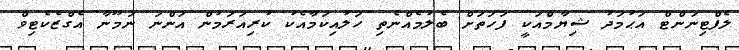
ލެފްޓިނަންޓް އަޙުމަދު ޝިޔާމްއަކީ ފަހަތަށް ބެލުމެއްނެތި ހަލުއިކަމާއެކު ކުރިއަރަމުން އަންނަ ނަމޫނާ އެގްޒެކެޓިވް